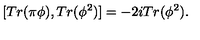
[ T r ( \pi \phi ) , T r ( \phi ^ { 2 } ) ] = - 2 i T r ( \phi ^ { 2 } ) .